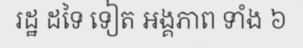
រដ្ឋ ដទៃ ទៀត អង្គភាព ទាំង ៦